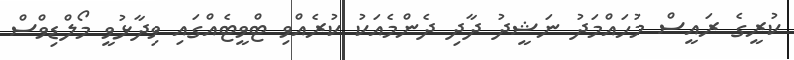
ކުރީގެ ރައީސް މުހައްމަދު ނަޝީދު ދާދި ދެންމެއަކު ކުރެއްވި ޓްވީޓެއްގައި ވިދާޅުވީ މޯލްޑިވްސް